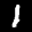
Label: 1